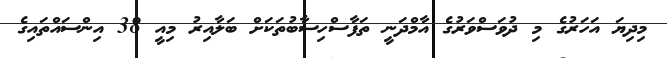
މިދިޔަ އަހަރުގެ މި ދުވަސްވަރުގެ އާމްދަނީ ތަފާސްހިސާބުތަކަށް ބަލާއިރު މިއީ 38 އިންސައްތައިގެ